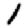
Digit: 1